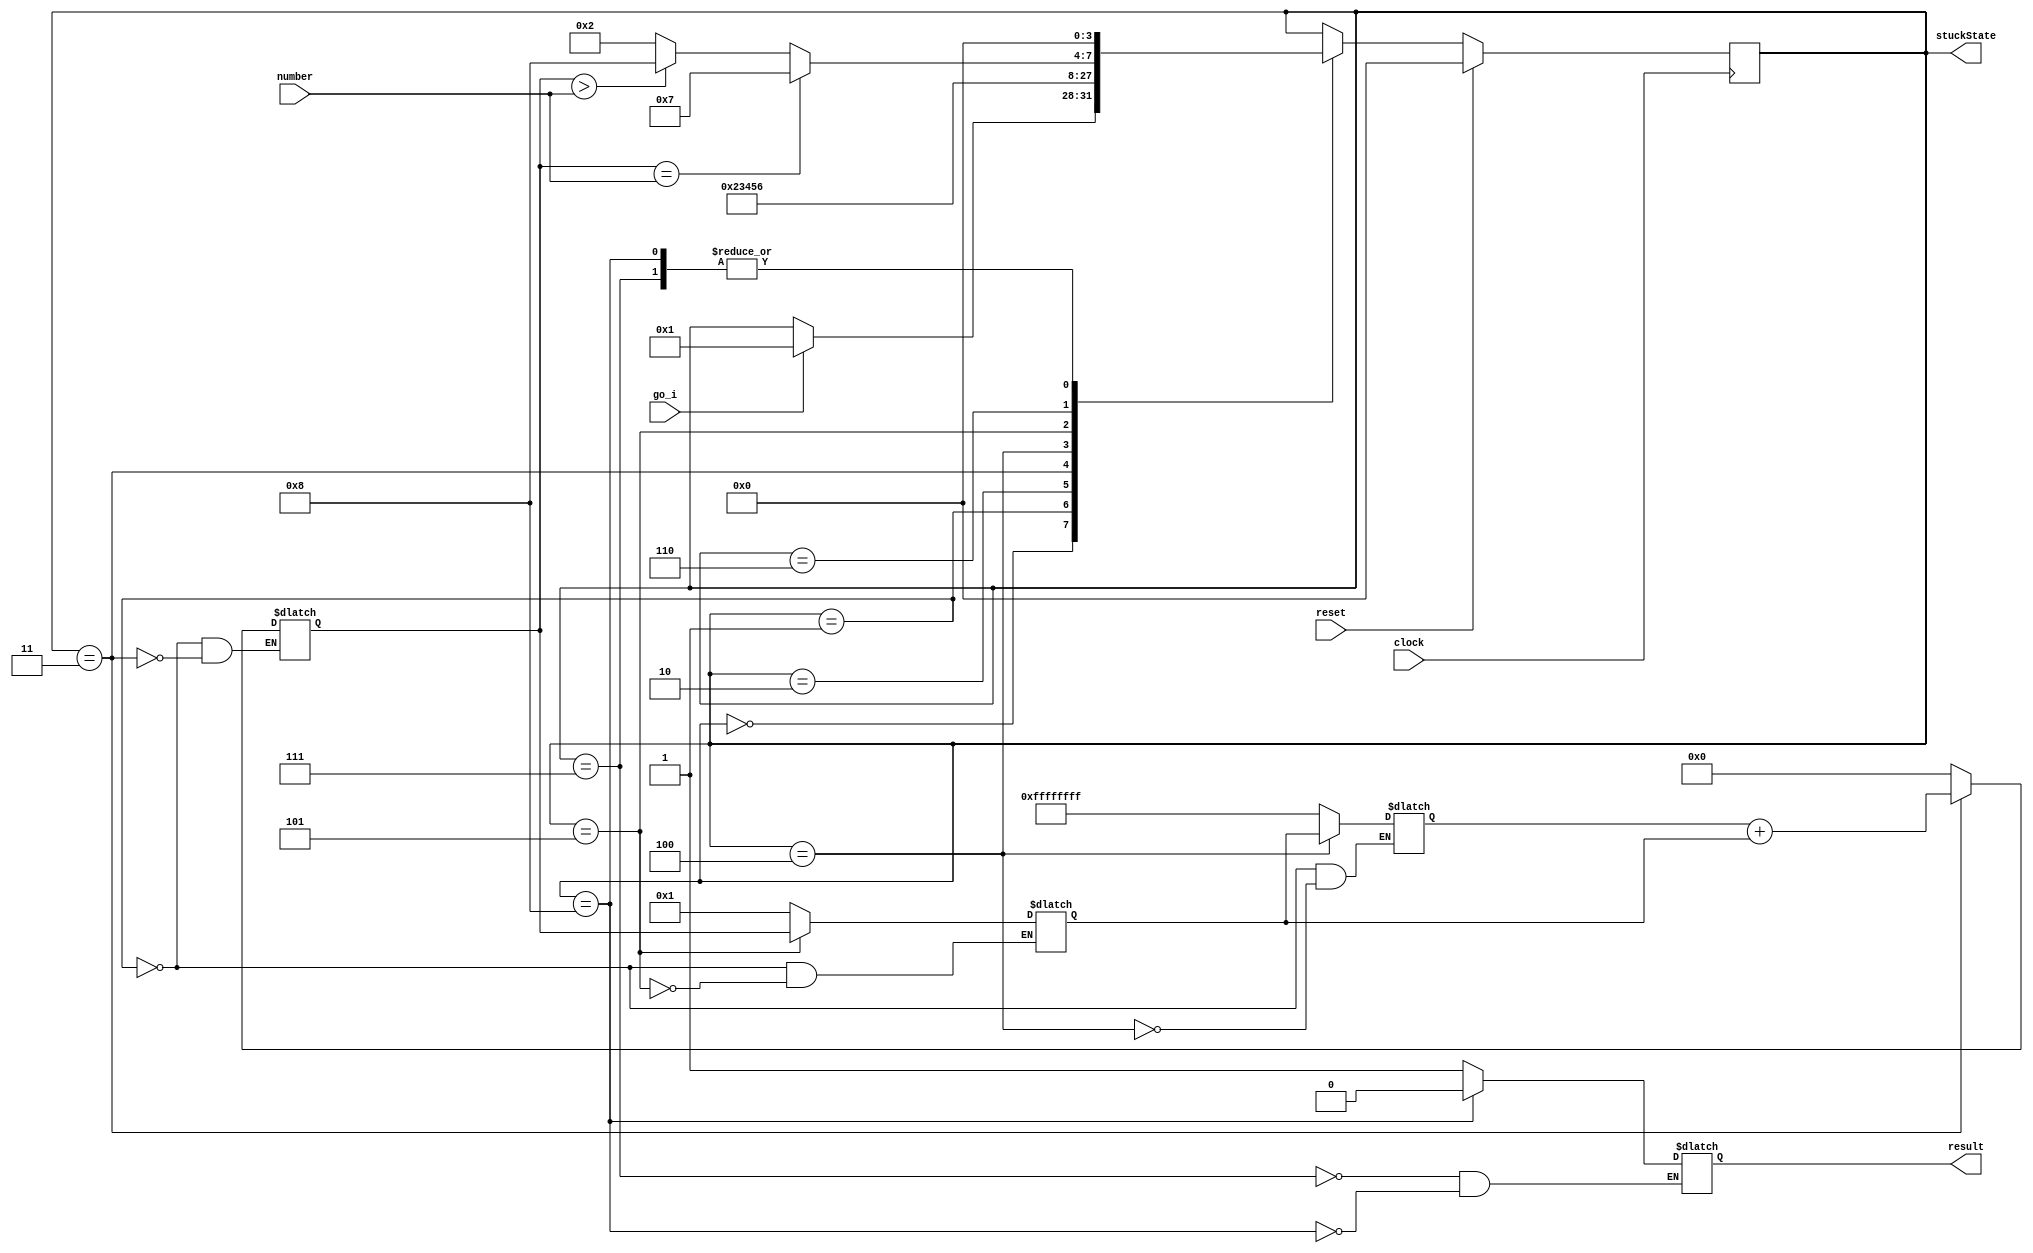
module isFibonacci(
	output reg result,
	output reg[3:0] stuckState,
	//output reg counter,
	input wire clock,
	input wire reset,
	input wire go_i,
	input wire[31:0] number
);

localparam STATE_Initial = 4'd0,
			  STATE_1 = 4'd1,
			  STATE_2 = 4'd2,
			  STATE_3 = 4'd3,
			  STATE_4 = 4'd4,
			  STATE_5 = 4'd5,
			  STATE_6 = 4'd6,
			  STATE_7 = 4'd7,
			  STATE_8 = 4'd8;
			  
reg[3:0] currentState;
reg[3:0] nextState;
reg[31:0] fib1;
reg[31:0] fib2;
reg[31:0] res;

always @ (posedge clock) begin
	if (reset)
		currentState <= STATE_Initial;
	else
		currentState <= nextState;
end

initial begin
	currentState <= STATE_Initial;
end



always @ (*) begin
	nextState = currentState;
	stuckState = currentState;
	case (currentState)
		STATE_Initial: begin
			if (go_i)
				nextState = STATE_1;
		end
		STATE_1: begin
			fib1 = -1;
			fib2 = 1;
			res = 0;
			nextState = STATE_2;
		end
		STATE_2: begin
			nextState = STATE_3;
			//nextState = STATE_Initial;
		end
		STATE_3: begin
			res = fib1 + fib2;
			nextState = STATE_4;
			//nextState = STATE_Initial;
		end
		STATE_4: begin
			fib1 = fib2;
			nextState = STATE_5;
			//nextState = STATE_Initial;
		end
		STATE_5: begin
			fib2 = res;
			nextState = STATE_6;
			//nextState = STATE_Initial;
		end
		STATE_6: begin
			if (res == number)
				nextState = STATE_7;
			else if (res > number)
				nextState = STATE_8;
			else
				nextState = STATE_2;
		end
		STATE_7: begin
			result = 1'b1;
			nextState = STATE_Initial;
		end
		STATE_8: begin
			result = 1'b0;
			nextState = STATE_Initial;
		end
	endcase
end
endmodule